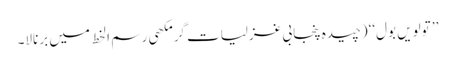
’’ تولویں بول‘‘ (چیدہ پنجابی غزلیات گرمکھی رسم ا لخط میں برنالا۔